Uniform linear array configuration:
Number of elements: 32
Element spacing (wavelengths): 0.75
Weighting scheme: blackman
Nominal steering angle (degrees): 45
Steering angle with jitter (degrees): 43.26
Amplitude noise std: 0.05
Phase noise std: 0.05

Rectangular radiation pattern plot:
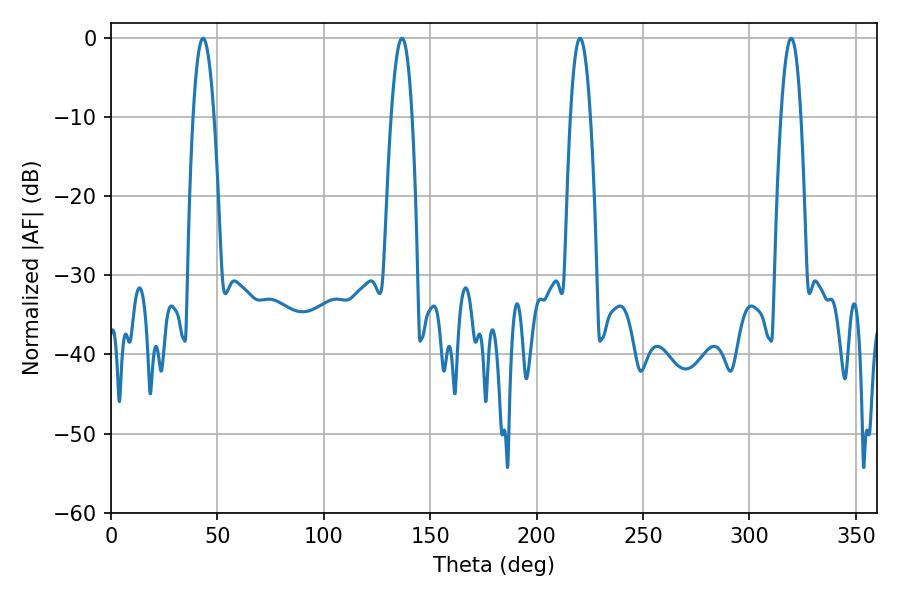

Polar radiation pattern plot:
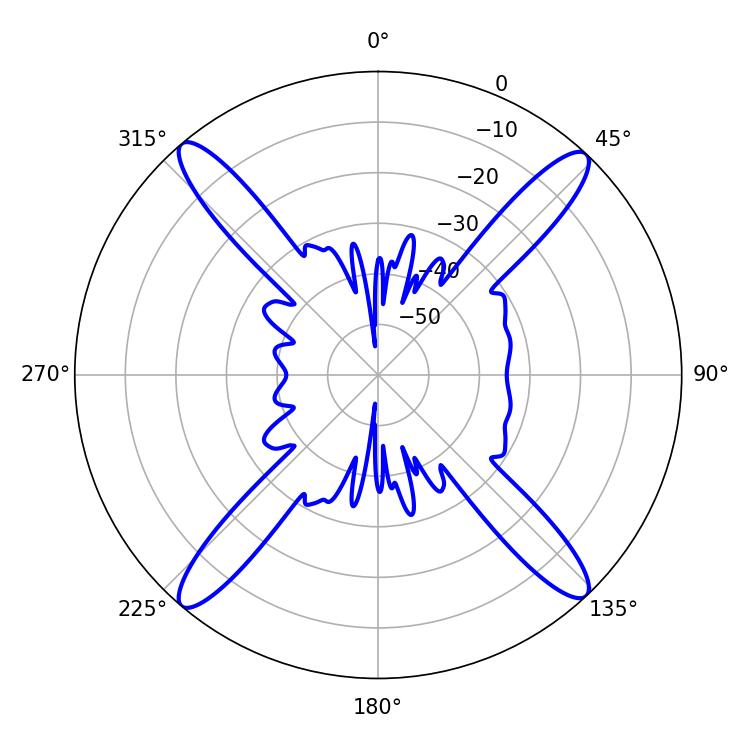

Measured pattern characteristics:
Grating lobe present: TRUE
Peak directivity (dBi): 21.55
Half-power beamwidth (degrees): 5.4
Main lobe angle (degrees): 43.2